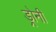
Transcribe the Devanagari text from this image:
ड्रोनी